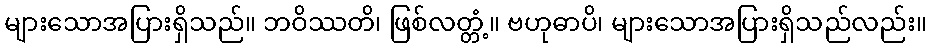
များသောအပြားရှိသည်။ ဘဝိဿတိ၊ ဖြစ်လတ္တံ့။ ဗဟုဓာပိ၊ များသောအပြားရှိသည်လည်း။